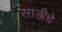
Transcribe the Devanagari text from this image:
साडीचे